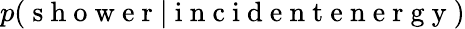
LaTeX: p(\mathrm{~s~h~o~w~e~r~}|\mathrm{~i~n~c~i~d~e~n~t~e~n~e~r~g~y~})